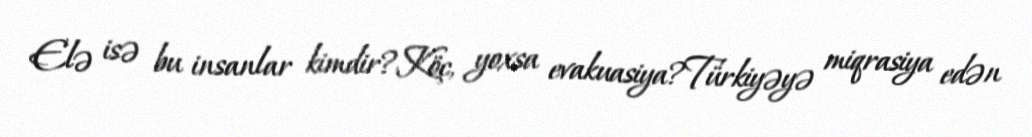
Elə isə bu insanlar kimdir?Köç, yoxsa evakuasiya?Türkiyəyə miqrasiya edən